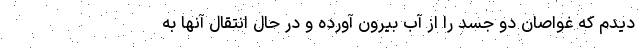
دیدم که غواصان دو جسد را از آب بیرون آورده و در حال انتقال آنها به